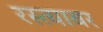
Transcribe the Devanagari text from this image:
रस्‍त्‍यावर